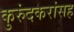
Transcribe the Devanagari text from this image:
कुरुंदकरांसह